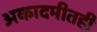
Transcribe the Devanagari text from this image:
अकादमीतही